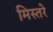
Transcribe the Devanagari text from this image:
मिस्तरे